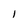
Character: l